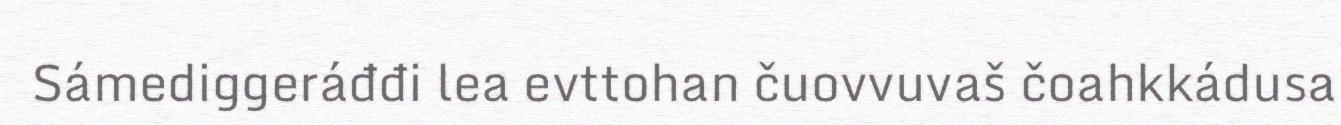
Sámediggeráđđi lea evttohan čuovvuvaš čoahkkádusa